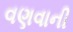
વણવાની